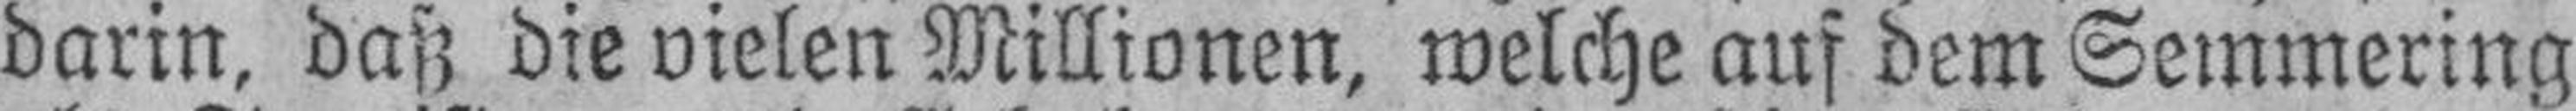
darin, daß die vielen Millionen, welche auf dem Semmering